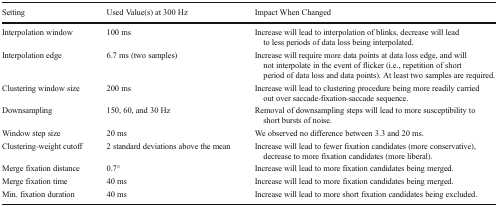
| Setting | Used Value(s) at 300 Hz | Impact When Changed |
 | --- | --- | --- |
 | Interpolation window | 100 ms | Increase will lead to interpolation of blinks, decrease will lead to less periods of data loss being interpolated. |
 | Interpolation edge | 6.7 ms (two samples) | Increase will require more data points at data loss edge, and will not interpolate in the event of flicker (i.e., repetition of short period of data loss and data points). At least two samples are required. |
 | Clustering window size | 200 ms | Increase will lead to clustering procedure being more readily carried out over saccade-fixation-saccade sequence. |
 | Downsampling | 150, 60, and 30 Hz | Removal of downsampling steps will lead to more susceptibility to short bursts of noise. |
 | Window step size | 20 ms | We observed no difference between 3.3 and 20 ms. |
 | Clustering-weight cutoff | 2 standard deviations above the mean | Increase will lead to fewer fixation candidates (more conservative), decrease to more fixation candidates (more liberal). |
 | Merge fixation distance | 0.7° | Increase will lead to more fixation candidates being merged. |
 | Merge fixation time | 40 ms | Increase will lead to more fixation candidates being merged. |
 | Min. fixation duration | 40 ms | Increase will lead to more short fixation candidates being excluded. |